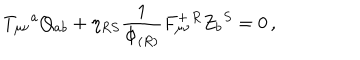
LaTeX: T _ { \mu \nu } { } ^ { a } Q _ { a b } + \eta _ { R S } { \frac { 1 } { \Phi _ { ( R ) } } } F _ { \mu \nu } ^ { + \, R } Z _ { b } { } ^ { S } = 0 \, ,